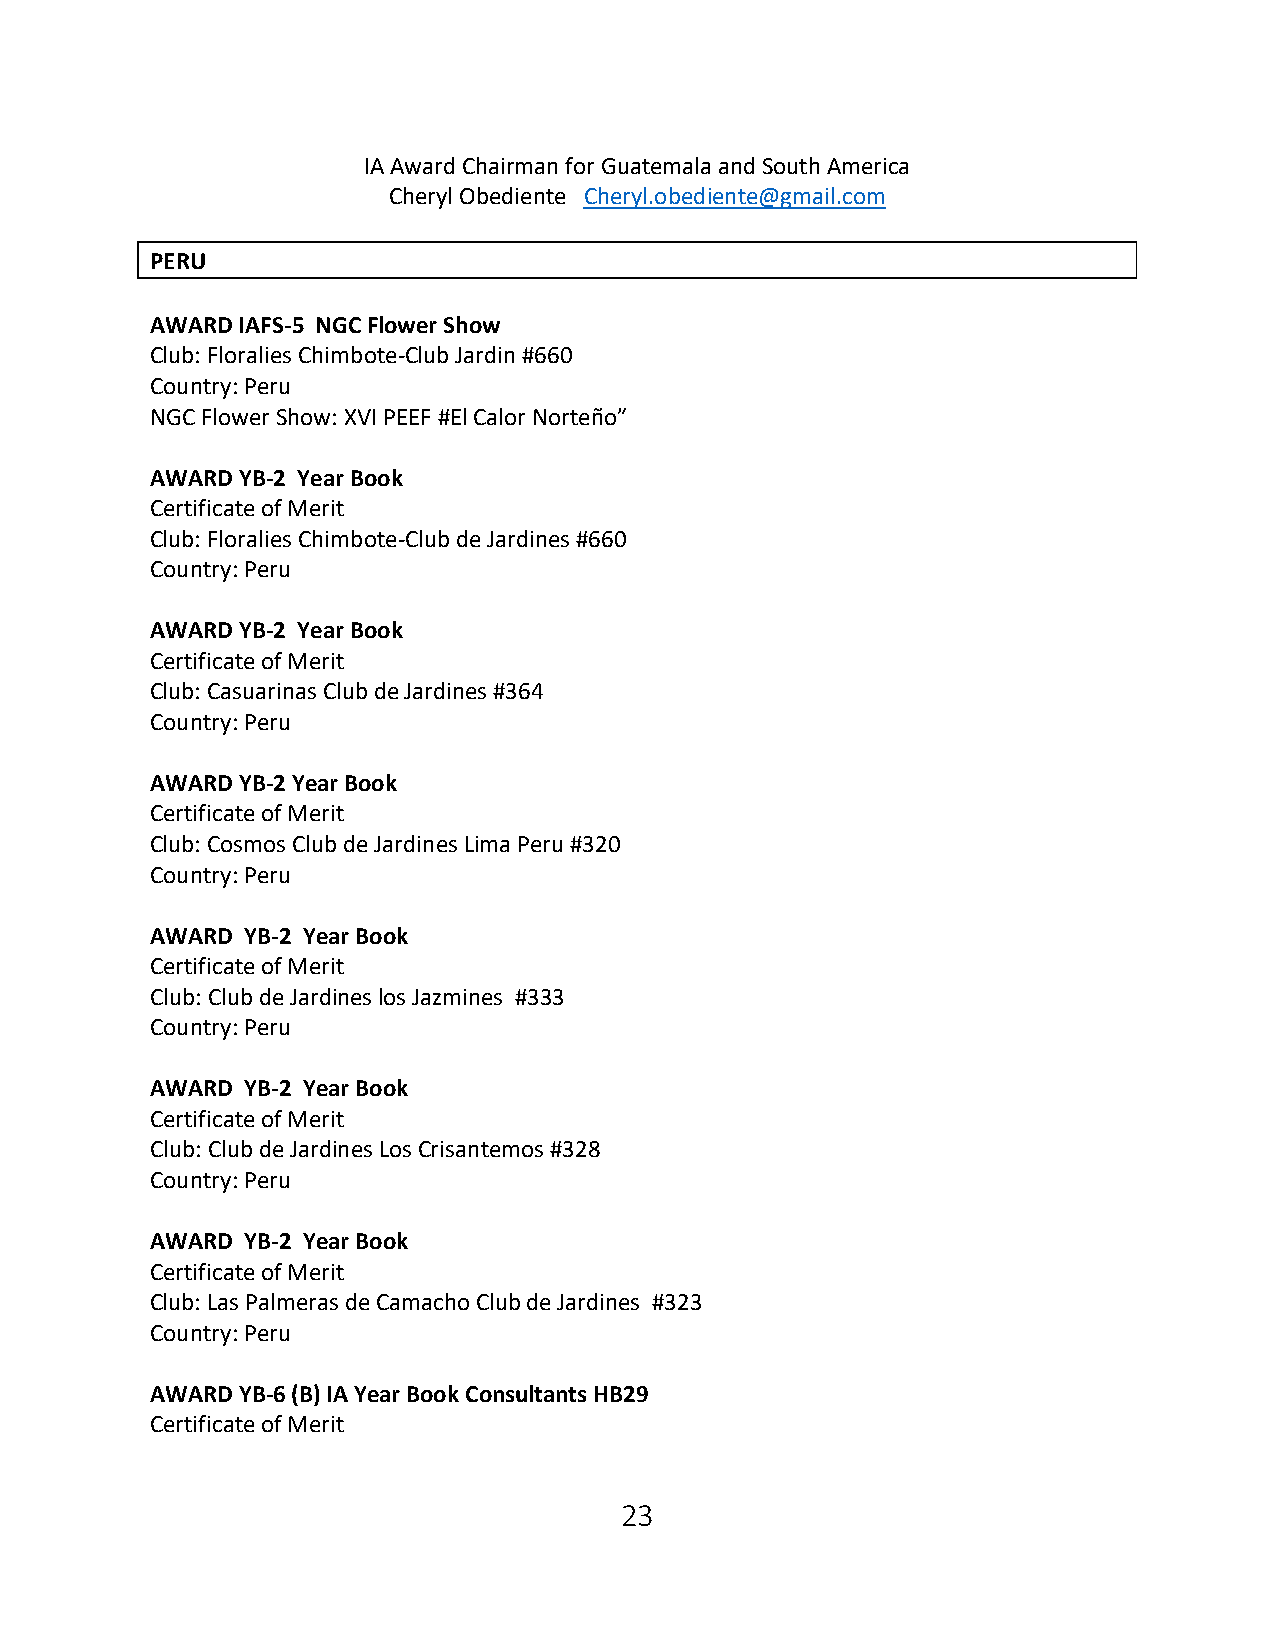
IA Award Chairman for Guatemala and South America
 Cheryl Obediente Cheryl.obediente@gmail.com
 PERU
 AWARD IAFS-5 NGC Flower Show
 Club: Floralies Chimbote-Club Jardin #660
 Country: Peru
 NGC Flower Show: XVI PEEF #El Calor Norteño”
 AWARD YB-2 Year Book
 Certificate of Merit
 Club: Floralies Chimbote-Club de Jardines #660
 Country: Peru
 AWARD YB-2 Year Book
 Certificate of Merit
 Club: Casuarinas Club de Jardines #364
 Country: Peru
 AWARD YB-2 Year Book
 Certificate of Merit
 Club: Cosmos Club de Jardines Lima Peru #320
 Country: Peru
 AWARD YB-2 Year Book
 Certificate of Merit
 Club: Club de Jardines los Jazmines #333
 Country: Peru
 AWARD YB-2 Year Book
 Certificate of Merit
 Club: Club de Jardines Los Crisantemos #328
 Country: Peru
 AWARD YB-2 Year Book
 Certificate of Merit
 Club: Las Palmeras de Camacho Club de Jardines #323
 Country: Peru
 AWARD YB-6 (B) IA Year Book Consultants HB29
 Certificate of Merit
 23